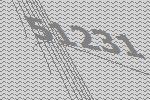
51231